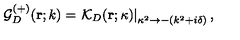
{ \mathcal G } _ { { D } } ^ { ( + ) } ( { \bf r } ; k ) = \left. { \mathcal K } _ { { D } } ( { \bf r } ; \kappa ) \right| _ { \kappa ^ { 2 } \rightarrow - ( k ^ { 2 } + i \delta ) } ,